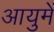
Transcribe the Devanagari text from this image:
आयुमें